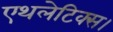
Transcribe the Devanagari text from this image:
एथलेटिक्स।